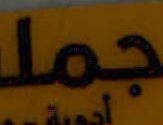
جملـ